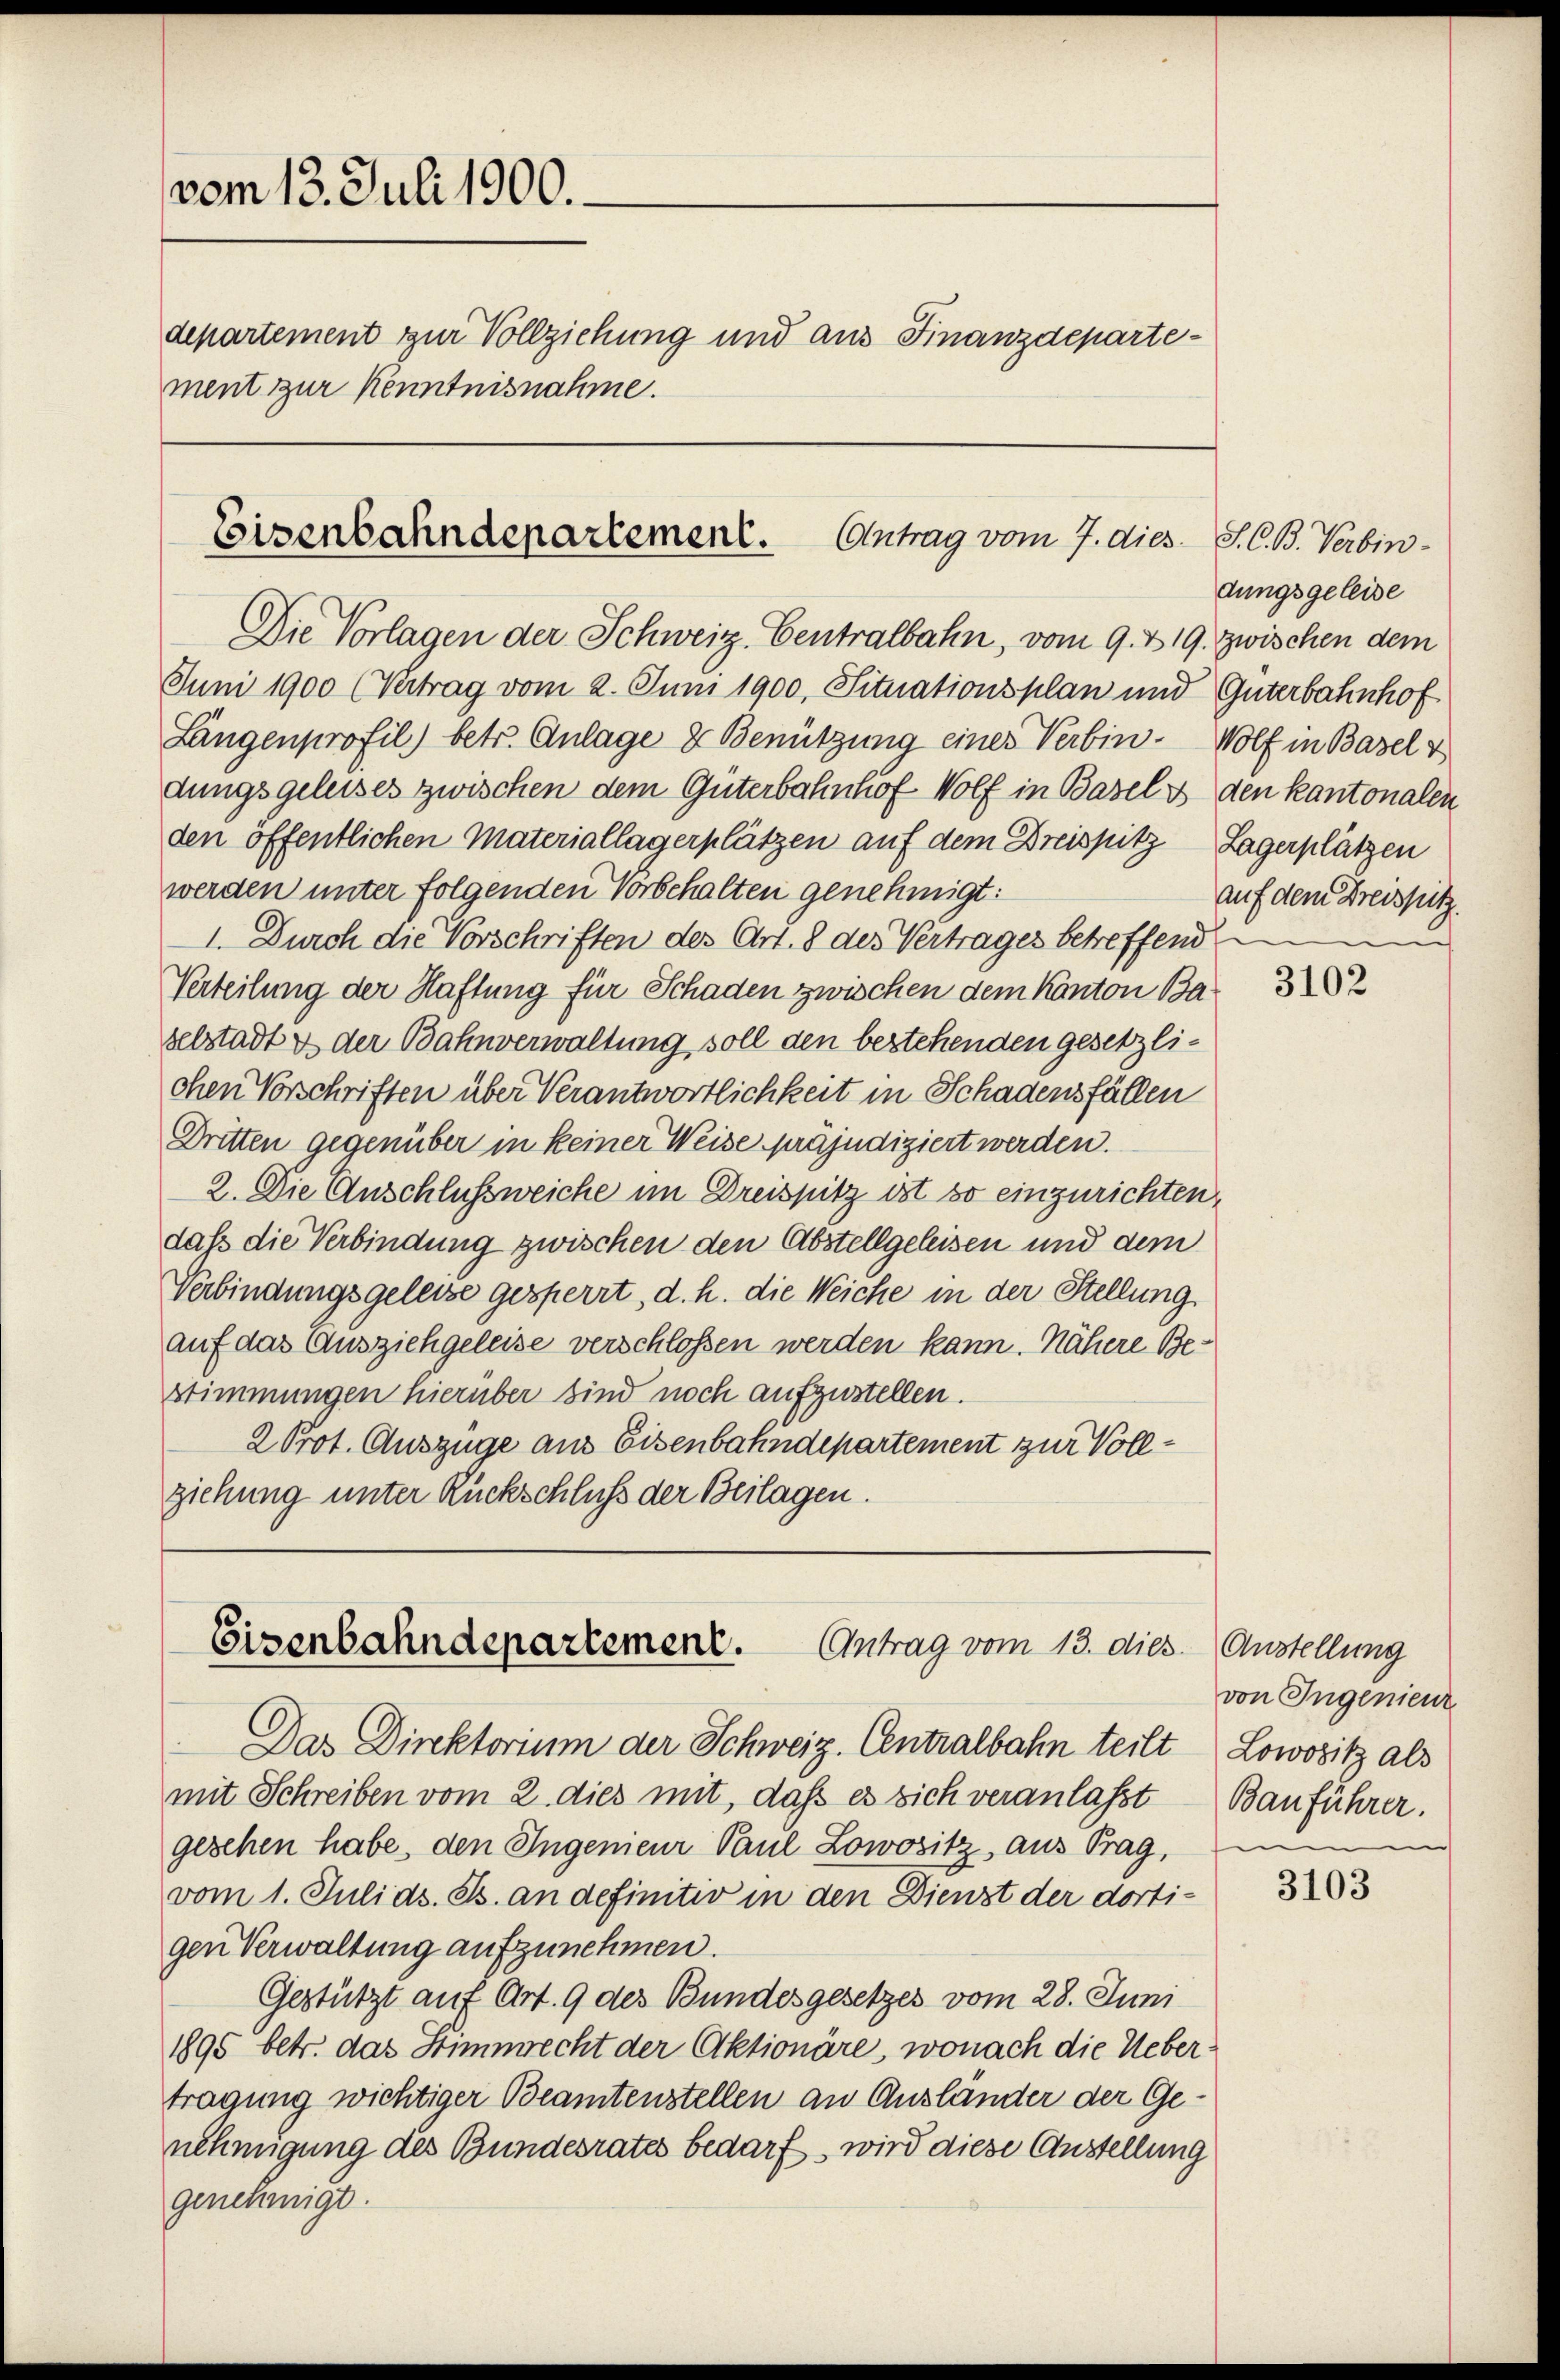
vom 13. Juli 1900.
departement zur Vollziehung und aus Finanzdepartement zur Kenntnisnahme.

Eisenbahndepartement. Antrag vom 7. dies. S. C. B. Verbin¬

Die Vorlagen der Schweiz. Centralbahn, vom 9. & 19. zwischen dem
Juni 1900 (Vertrag vom 2. Juni 1900, Situationsplan und Güterbahnhof
Längenprofil) betr. Anlage & Benützung einer Verbin- Wolf in Basel v
dungsgeleises zwischen dem Güterbahnhof Wolf in Basel & den kantonalen
den öffentlichen Materiallagerplätzen auf dem Dreispitz, Lagerplätzen
werden unter folgenden Vorbehalten genehmigt:
1. Durch die Vorschriften des Art. 8 des Vertrages betreffende
Verteilung der Haftung für Schaden zwischen dem Kanton Baselstadt & der Bahnverwaltung soll den bestehenden gesetzliohen Vorschriften über Verantwortlichkeit in Schadensfällen
Dritten gegenüber in keiner Weise präjudiziert werden.
2. Die Anschlussweiche im Dreispitz ist so einzurichten,
daß die Verbindung zwischen den Abstellgeleisen und dem
Verbindungsgeleise gesperrt, d. h. die Weiche in der Stellung
auf das Ausziehgeleise verschlossen werden kann. Nähere Be¬
Stimmungen hierüber sind noch aufzustellen.
2 Prot. Auszüge aus Eisenbahndepartement zur Vollziehung unter Rückschluß der Beilagen.

Eisenbahndepartement.
Antrag vom 13. dies. (Austellung

Das Direktorium der Schweiz. Centralbahn teilt Lowozitz als
mit Schreiben vom 2. dies mit, daß es sich veranlaßt Bauführer.
gesehen habe, den Ingenieur Paul Lowositz, aus Prag, in
vom 1. Juli ds. Js. an definitiv in den Dienst der dortigen Verwaltung aufzunehmen.
Gestützt auf Art. 9 des Bundesgesetzes vom 28. Juni
1895 betr. das Stimmrecht der Aktionäre, wonach die Uebertragung wichtiger Beamtenstellen an Ausländer der Genehmigung des Bundesrates bedarf, wird diese Anstellung
genehmigt.

dungsgeleise
auf dem Kreispitz

3102

von Ingenieur

3103